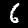
Digit: 6